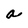
Character: a